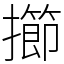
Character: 擳